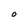
Character: O